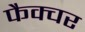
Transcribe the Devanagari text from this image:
फैक्चर